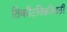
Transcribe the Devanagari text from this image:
तिकीटविक्रीसाठी